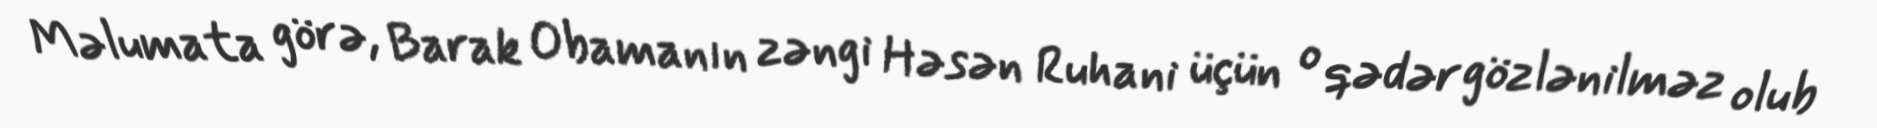
Məlumata görə, Barak Obamanın zəngi Həsən Ruhani üçün o qədər gözlənilməz olub